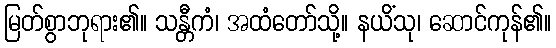
မြတ်စွာဘုရား၏။ သန္တီကံ၊ အထံတော်သို့။ နယိံသု၊ ဆောင်ကုန်၏။